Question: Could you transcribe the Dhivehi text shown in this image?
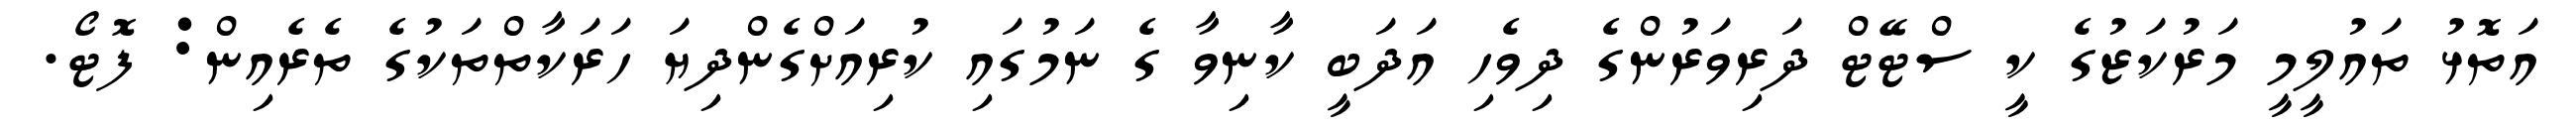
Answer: އަތޮޅު ތައުލީމީ މަރުކަޒުގެ ކީ ސްޓޭޓް ދަރިވަރުންގެ ދިވެހި އަދަބީ ކާނިވާ ގެ ނަމުގައި ކުރިއަށްގެންދިޔަ ހަރަކާތްތަކުގެ ތެރެއިން: ފޮޓޯ.